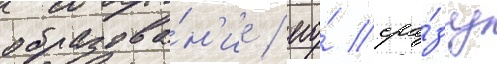
образова́н'ие / его́ сра́зу